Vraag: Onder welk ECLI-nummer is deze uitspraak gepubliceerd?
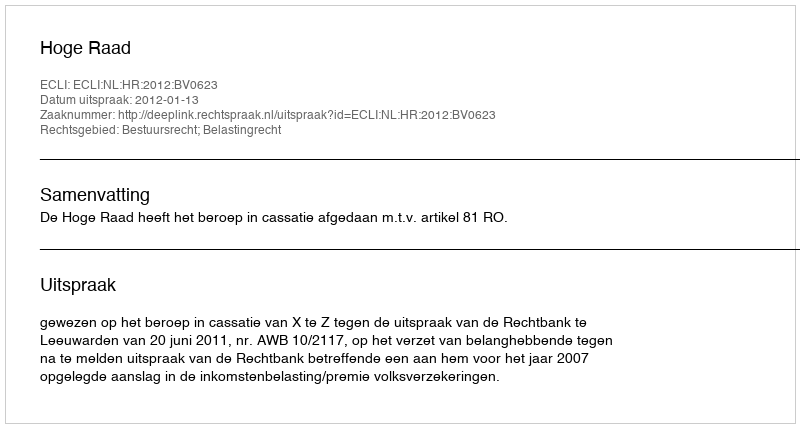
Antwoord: ECLI:NL:HR:2012:BV0623